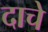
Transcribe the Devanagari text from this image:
दाचे